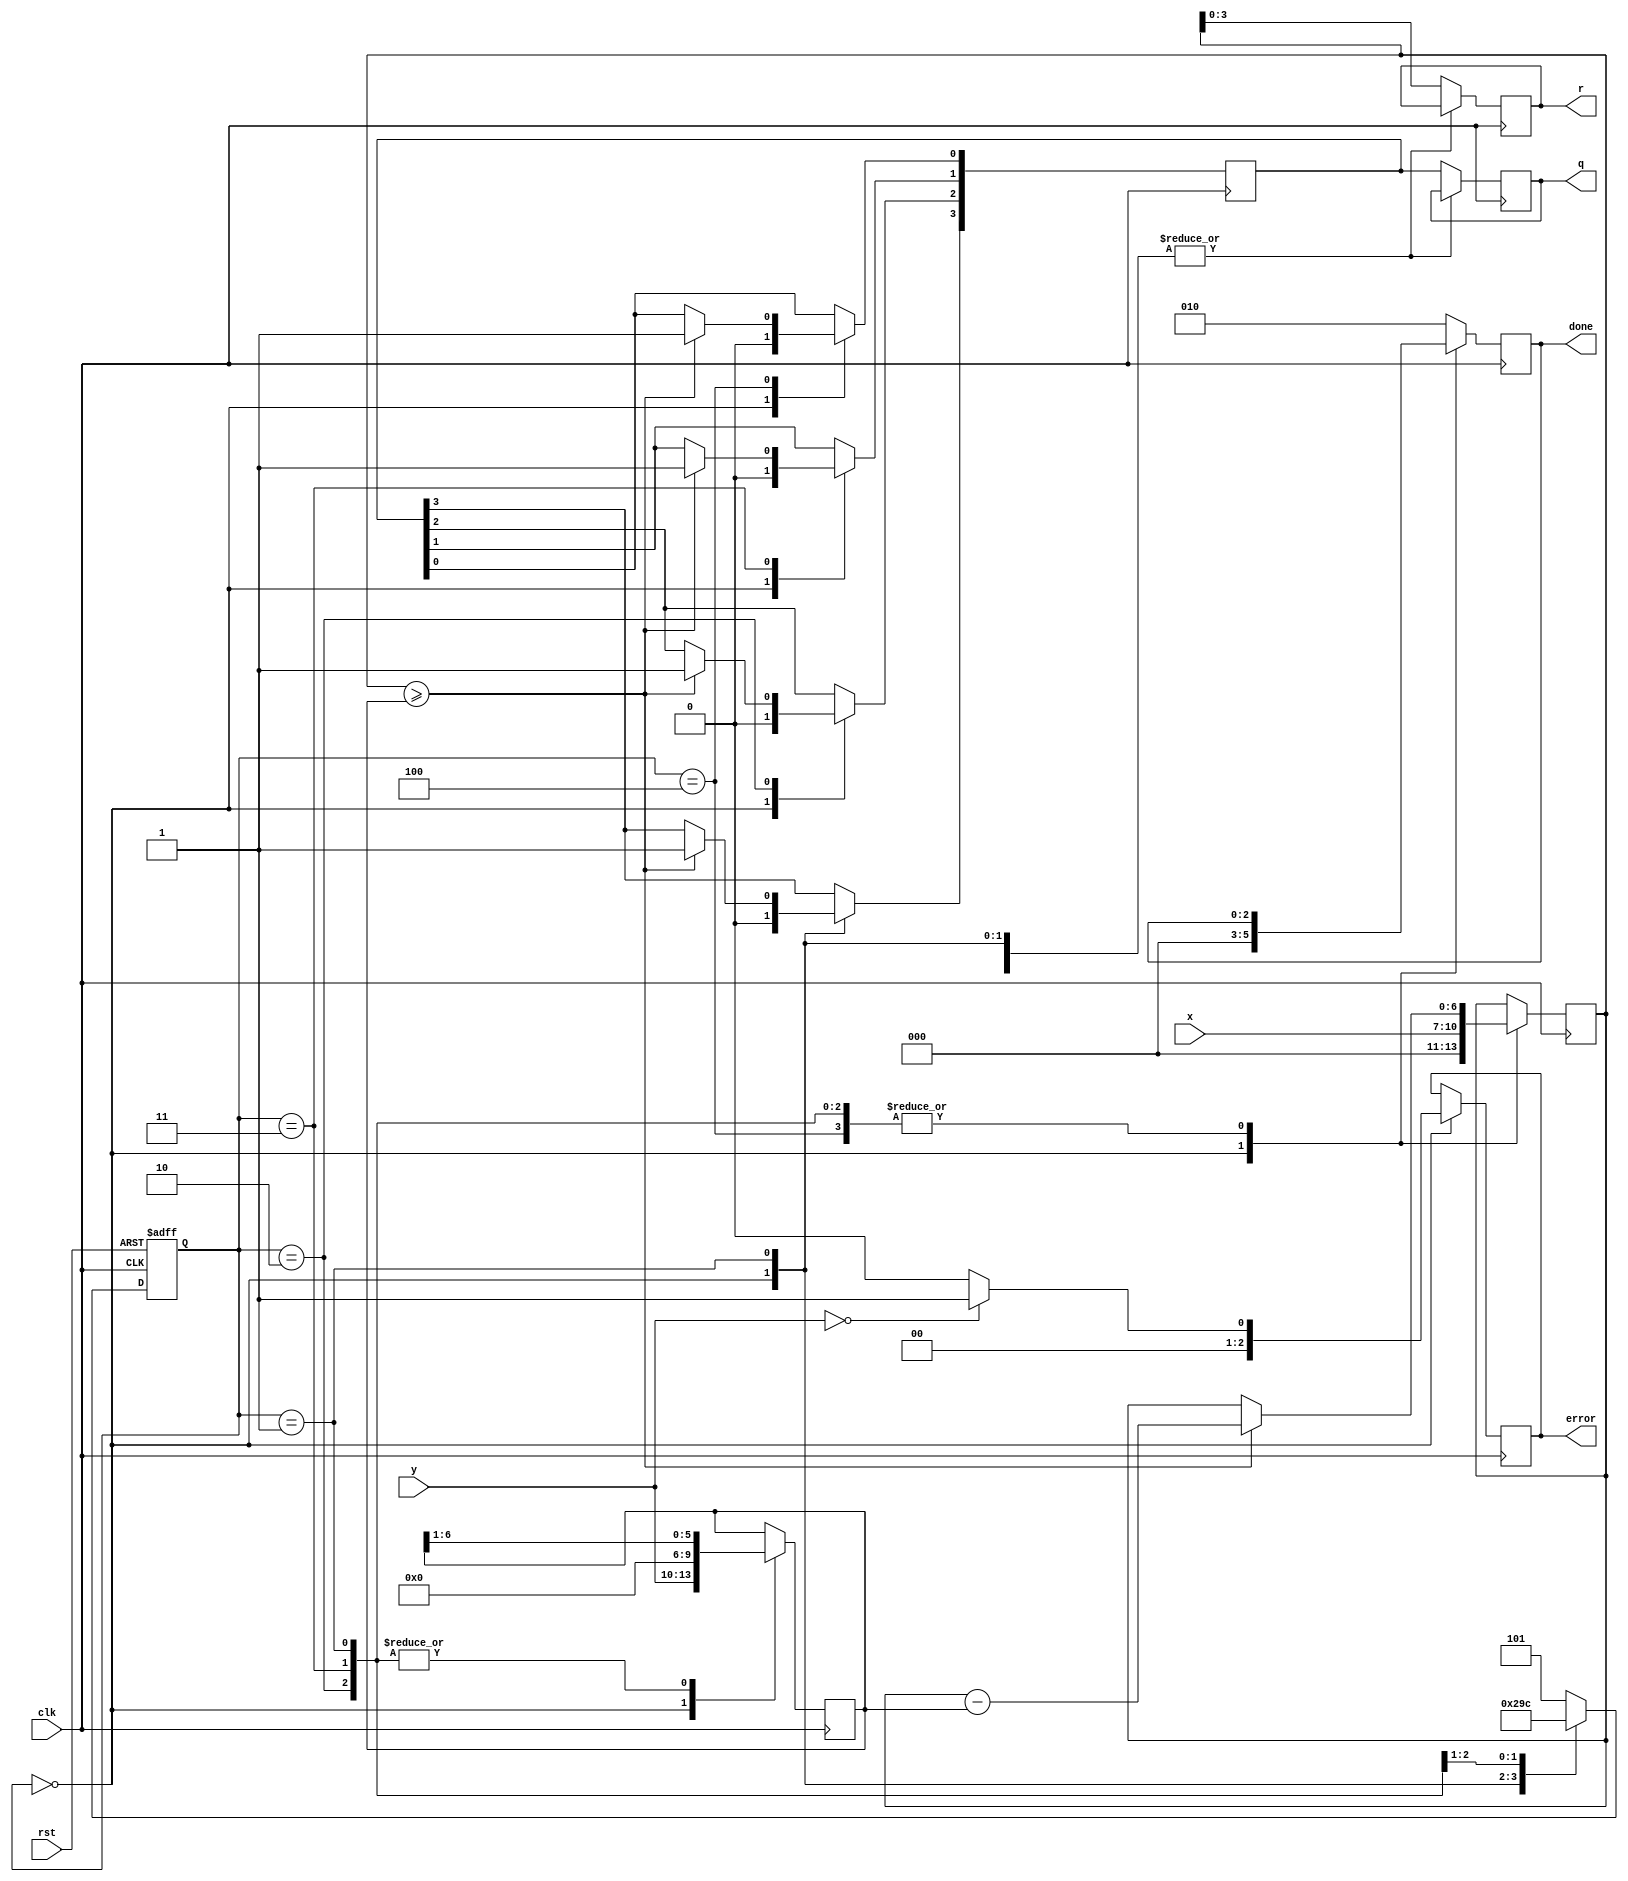
`timescale 1ns / 1ps
//////////////////////////////////////////////////////////////////////////////////
// Company: 
// Engineer: 
// 
// Design Name: 
// Module Name: Div
// Project Name: 
// Target Devices: 
// Tool Versions: 
// Description: 
// 
// Dependencies: 
// 
// Revision:
// Revision 0.01 - File Created
// Additional Comments:
// 
//////////////////////////////////////////////////////////////////////////////////

module Div(
    input clk,
    input rst,
    input [3:0]x, //dividend
    input [3:0]y, //dividor
    output reg[3:0]q,
    output reg[3:0]r,
    output reg [2:0]error,
    output reg [2:0]done 
);

reg [6:0]dividend,dividor; // 7 dividend :000$$$$ 
                                //     dividor  :$$$$000
reg [3:0]tmpq;
reg [2:0]state,nextstate; 
parameter S0=3'b000,S1=3'b001,S2=3'b010,S3=3'b011,S4=3'b100,S5=3'b101; 

always @ (posedge clk,posedge rst) begin
  if(rst) state=S0;
  else state=nextstate;
end

always @ * begin
    case (state) 
        S0: nextstate=S1;
        S1: nextstate=S2;
        S2: nextstate=S3;
        S3: nextstate=S4;
        default: nextstate=S5;
    endcase
end

always @(posedge clk) begin
    case(state) 
        S0:begin
            done=3'b000;
            tmpq=4'b0000;

            dividor={y[3:0],3'b000};
            if(dividor==7'b0000_000) error=3'b001; //red
            else error=3'b000;

            dividend={3'b000,x[3:0]};
        end

        S1:begin
            if(dividend>=dividor) begin 
                dividend=dividend-dividor;
                tmpq[3]=1'b1;
            end
            dividor={1'b0,dividor[6:1]};
        end

        S2: begin
            if(dividend>=dividor) begin 
                dividend=dividend-dividor;
                tmpq[2]=1'b1;
            end
            dividor={1'b0,dividor[6:1]};
        end

        S3: begin
            if(dividend>=dividor) begin 
                dividend=dividend-dividor;
                tmpq[1]=1'b1;
            end
            dividor={1'b0,dividor[6:1]};
        end

        S4: begin
            if(dividend>=dividor) begin 
                dividend=dividend-dividor;
                tmpq[0]=1'b1;
            end

        end

        default: begin 
            q=tmpq;
            done=3'b010;
            r=dividend;
        end
    endcase
    
end

endmodule